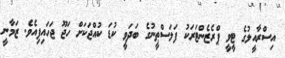
އިސްރާއީލުގެ ޓީވީ ޕްރެޒެންޓަރަކު ފަލަސްޠީނުގެ ބަދަވީ ކުޑަ ކުއްޖަކަށް ހަޖޫ ޖަހައިފިއެވެ. ޒަމާނީ